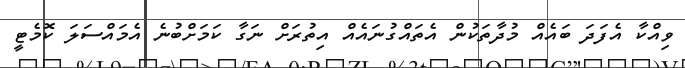
ވިއްކާ އެފަދަ ބައެއް މުދާތަކުން އެތައްގުނައެއް އިތުރަށް ނަގާ ކަމަށްބުނެ އެމައްސަލަ ކޮމެޓީ